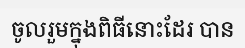
ចូលរួមក្នុងពិធីនោះដែរ បាន